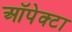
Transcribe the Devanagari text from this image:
ऑपेक्टा